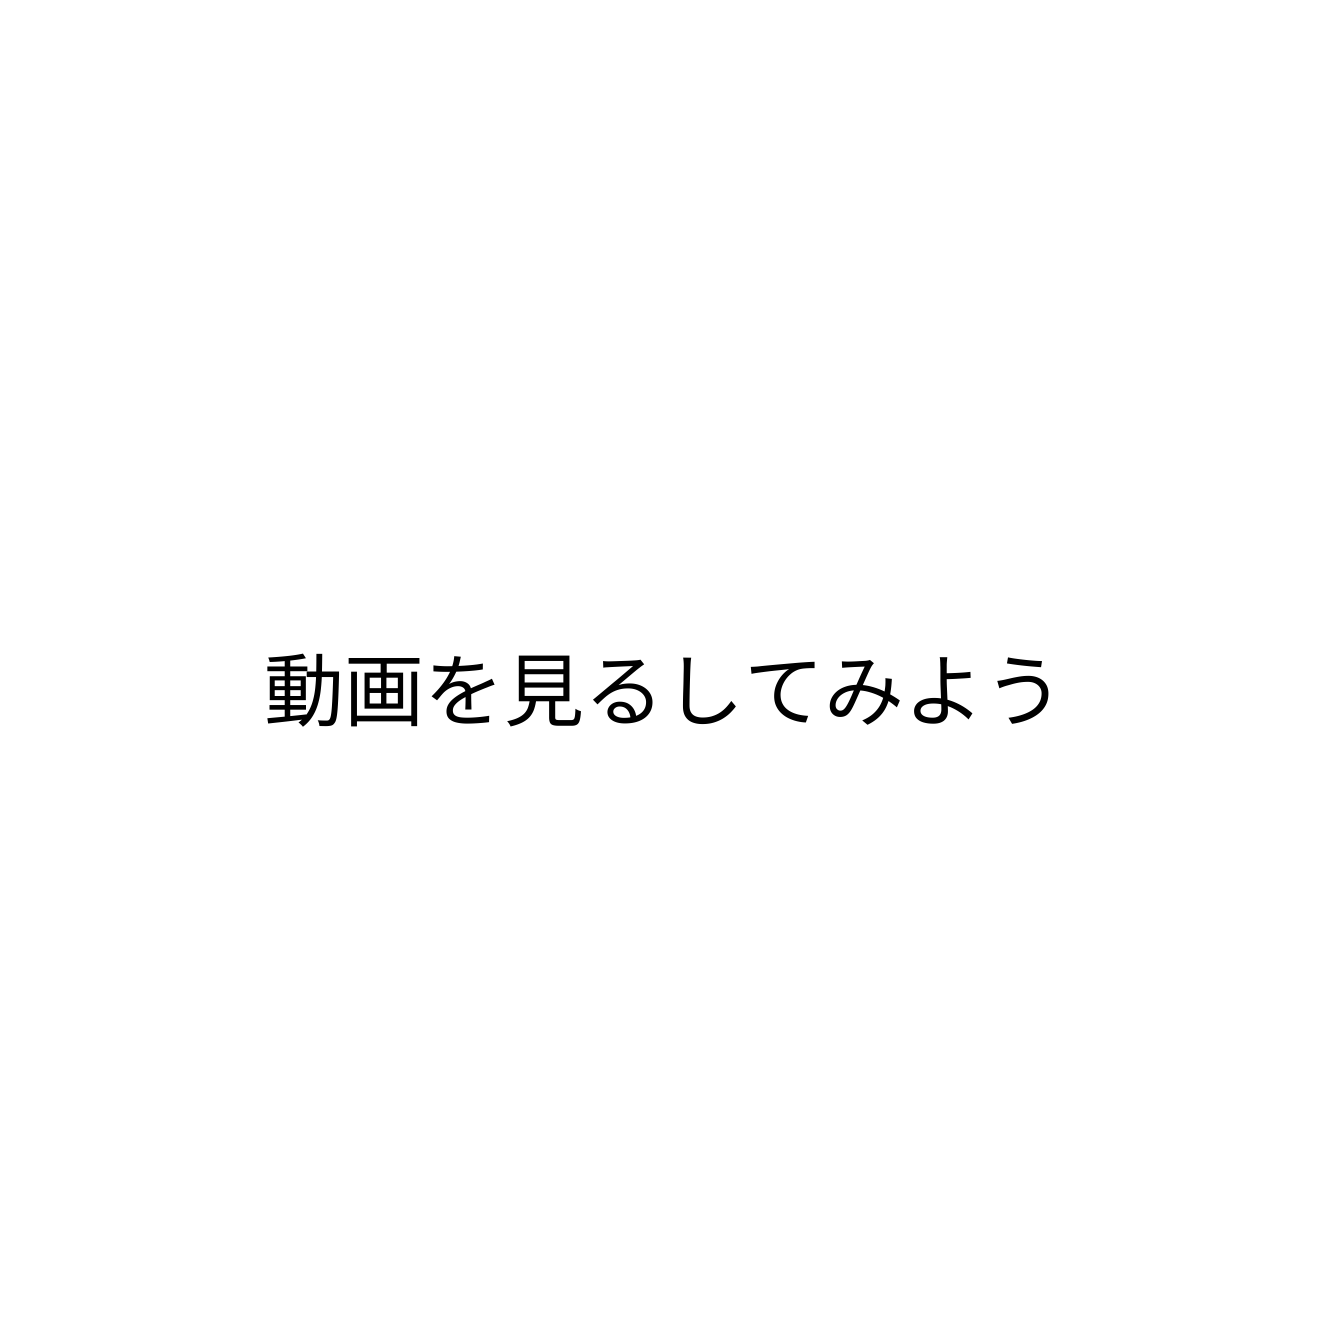
動画を見るしてみよう